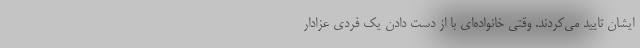
ایشان تایید می‌کردند. وقتی خانواده‌ای با از دست دادن یک فردی عزادار